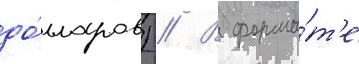
до́лларов) // В форма́т'е